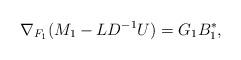
LaTeX: \begin{align*} \nabla_{F_1}(M_1 - L D^{-1} U) = G_1 B_1^*,\end{align*}